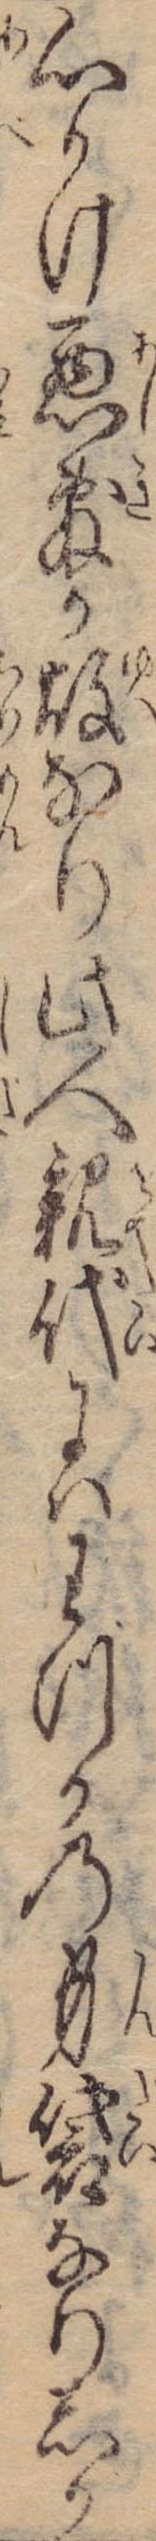
心かけ悪敷か故なり此人親代にはわづかの身袋なりしか